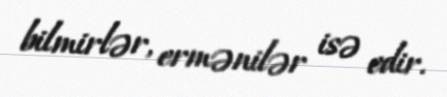
bilmirlər, ermənilər isə edir.